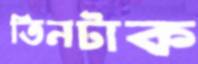
তিনটাক